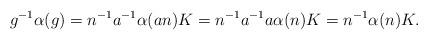
LaTeX: \begin{align*}g^{-1} \alpha(g) = n^{-1} a^{-1} \alpha(an) K = n ^{-1} a^{-1}a \alpha(n) K = n^{-1} \alpha(n) K.\end{align*}